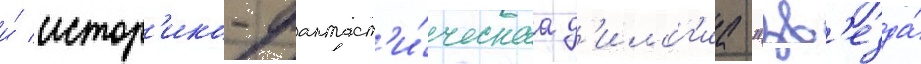
и́ истор'ико-фантаст'и́ческаа д'илог'иа "зв'езда́